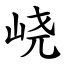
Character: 峣